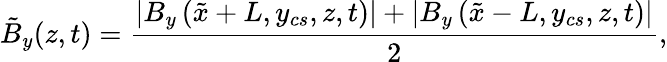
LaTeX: \tilde{B}_{y}(z,t)=\frac{\left|B_{y}\left(\tilde{x}+L,y_{cs},z,t\right)\right|+\left|B_{y}\left(\tilde{x}-L,y_{cs},z,t\right)\right|}{2},